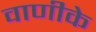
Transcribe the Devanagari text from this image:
वाणीके